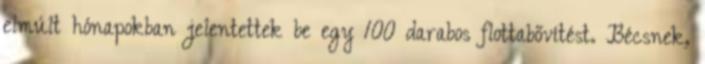
elmúlt hónapokban jelentettek be egy 100 darabos flottabővítést. Bécsnek,